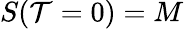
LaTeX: S({\mathcal{T}=0})=M